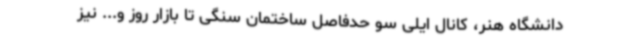
دانشگاه هنر، کانال ایلی سو حدفاصل ساختمان سنگی تا بازار روز و... نیز